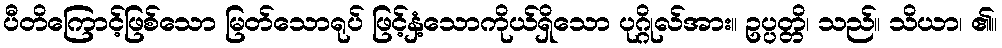
ပီတိကြောင့်ဖြစ်သော မြတ်သောရုပ် ဖြင့်နှံ့သောကိုယ်ရှိသော ပုဂ္ဂိုလ်အား။ ဥပ္ပတ္တိ၊ သည်။ သိယာ၊ ၏။